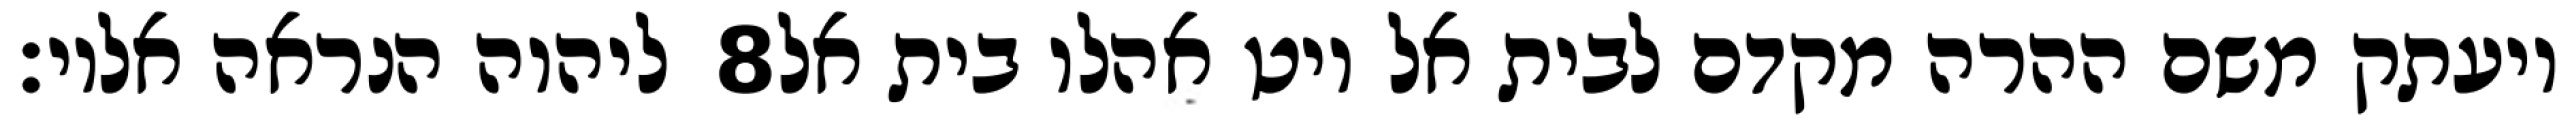
ליהוה הנראה אליו׃ ‎8‏ ויעתק משם ההרה מקדם לבית אל ויט אהלו בית אל